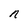
Character: n